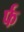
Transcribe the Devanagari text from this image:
र्फ